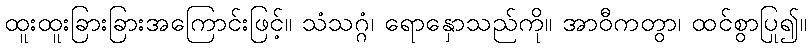
ထူးထူးခြားခြားအကြောင်းဖြင့်။ သံသဂ္ဂံ၊ ရောနှောသည်ကို။ အာဝီကတွာ၊ ထင်စွာပြု၍။